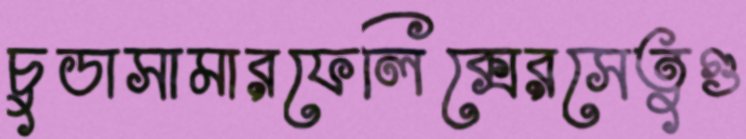
চুডাসামারফেলিক্সেরসেতুগু